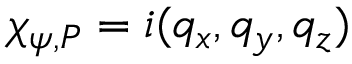
\chi _ { \psi , P } = i ( q _ { x } , q _ { y } , q _ { z } )